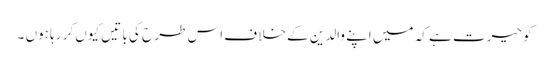
کو حیرت ہے کہ میں اپنے والدین کے خلا ف اس طر ح کی با تیں کیوں کر رہا ہوں ۔